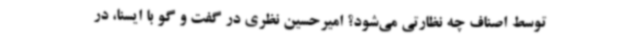
توسط اصناف چه نظارتی می‌شود؟ امیرحسین نظری در گفت و گو با ایسنا، در